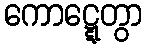
ကောဋ္ဋေတွာ